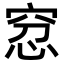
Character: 𥥬